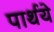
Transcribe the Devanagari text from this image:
पार्थये